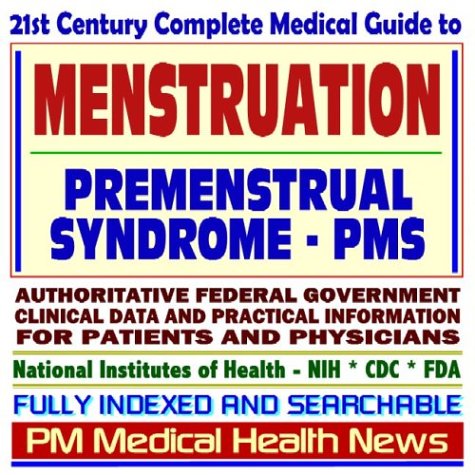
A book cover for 21st Century Complete Medical Guide to Menstruation, Premenstrual Syndrome (PMS), Dysmenorrhea: Authoritative Government Documents, Clinical ... Information for Patients and Physicians; PM Medical Health News; Health, Fitness & Dieting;